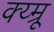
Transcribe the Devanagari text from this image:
क्य्म्रू